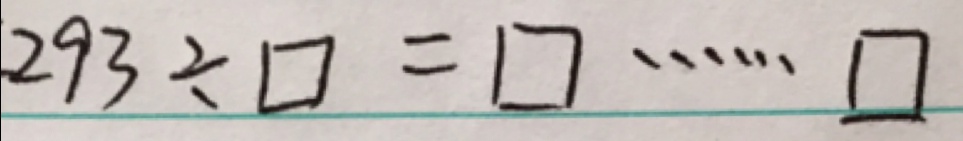
2 9 3 \div \square = \square \cdots \square